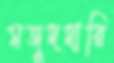
মজুদদারি